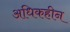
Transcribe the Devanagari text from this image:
अधिकहीन